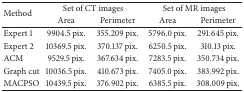
<table><thead><tr><td rowspan="2"><b> Method </b></td><td colspan="2"><b>Set of CT images</b></td><td colspan="2"><b>Set of MR images</b></td></tr><tr><td><b> Area </b></td><td><b> Perimeter </b></td><td><b> Area </b></td><td><b> Perimeter </b></td></tr></thead><tbody><tr><td> Expert 1 </td><td> 9904.5 pix.</td><td> 355.209 pix.</td><td> 5796.0 pix.</td><td> 291.645 pix. </td></tr><tr><td>Expert 2 </td><td> 10369.5 pix.</td><td> 370.137 pix.</td><td> 6250.5 pix.</td><td> 310.13 pix. </td></tr><tr><td>ACM </td><td> 9529.5 pix.</td><td> 367.634 pix.</td><td> 7283.5 pix.</td><td> 350.734 pix. </td></tr><tr><td>Graph cut </td><td> 10036.5 pix.</td><td> 410.673 pix.</td><td> 7405.0 pix.</td><td> 383.992 pix. </td></tr><tr><td>MACPSO </td><td> 10439.5 pix.</td><td> 376.902 pix.</td><td> 6385.5 pix.</td><td> 308.009 pix. </td></tr></tbody></table>